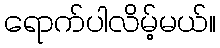
ရောက်ပါလိမ့်မယ်။